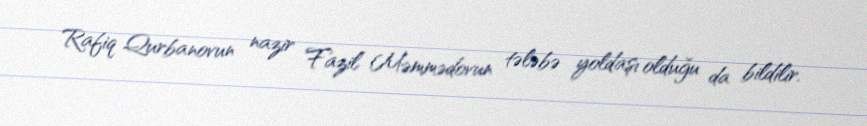
Rafiq Qurbanovun nazir Fazil Məmmədovun tələbə yoldaşı olduğu da bildilir.